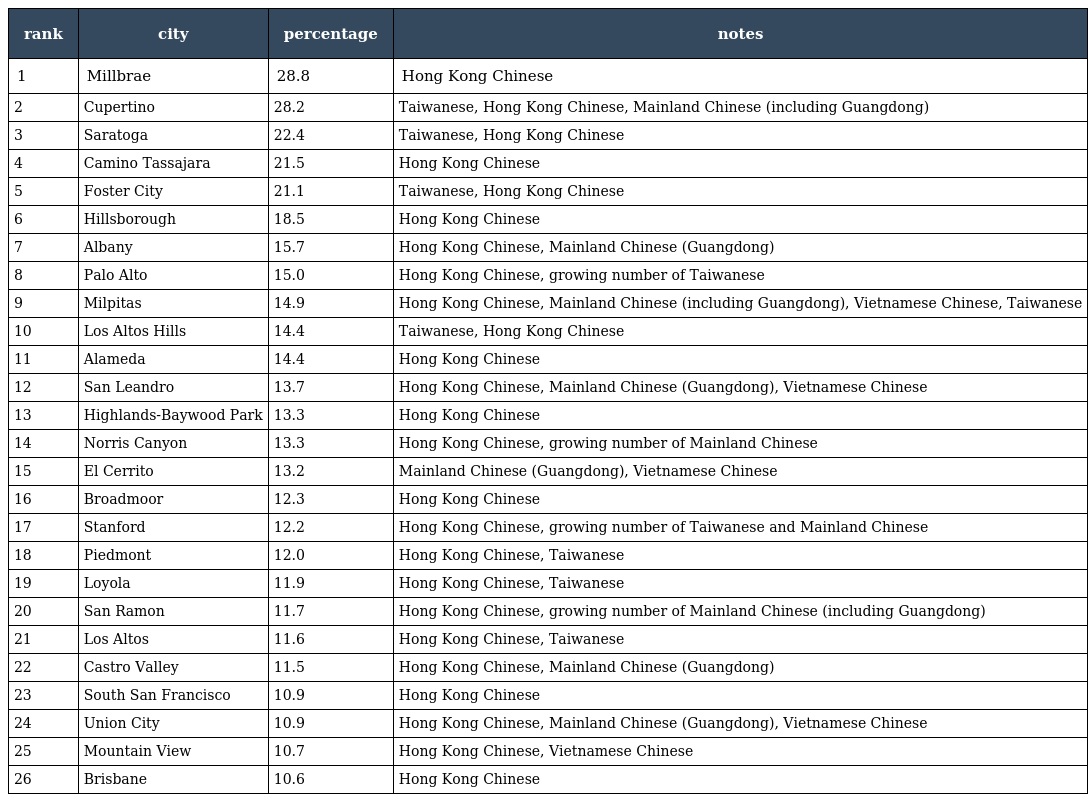
| rank | city | percentage | notes |
 | --- | --- | --- | --- |
 | 1 | Millbrae | 28.8 | Hong Kong Chinese |
 | 2 | Cupertino | 28.2 | Taiwanese, Hong Kong Chinese, Mainland Chinese (including Guangdong) |
 | 3 | Saratoga | 22.4 | Taiwanese, Hong Kong Chinese |
 | 4 | Camino Tassajara | 21.5 | Hong Kong Chinese |
 | 5 | Foster City | 21.1 | Taiwanese, Hong Kong Chinese |
 | 6 | Hillsborough | 18.5 | Hong Kong Chinese |
 | 7 | Albany | 15.7 | Hong Kong Chinese, Mainland Chinese (Guangdong) |
 | 8 | Palo Alto | 15.0 | Hong Kong Chinese, growing number of Taiwanese |
 | 9 | Milpitas | 14.9 | Hong Kong Chinese, Mainland Chinese (including Guangdong), Vietnamese Chinese, Taiwanese |
 | 10 | Los Altos Hills | 14.4 | Taiwanese, Hong Kong Chinese |
 | 11 | Alameda | 14.4 | Hong Kong Chinese |
 | 12 | San Leandro | 13.7 | Hong Kong Chinese, Mainland Chinese (Guangdong), Vietnamese Chinese |
 | 13 | Highlands-Baywood Park | 13.3 | Hong Kong Chinese |
 | 14 | Norris Canyon | 13.3 | Hong Kong Chinese, growing number of Mainland Chinese |
 | 15 | El Cerrito | 13.2 | Mainland Chinese (Guangdong), Vietnamese Chinese |
 | 16 | Broadmoor | 12.3 | Hong Kong Chinese |
 | 17 | Stanford | 12.2 | Hong Kong Chinese, growing number of Taiwanese and Mainland Chinese |
 | 18 | Piedmont | 12.0 | Hong Kong Chinese, Taiwanese |
 | 19 | Loyola | 11.9 | Hong Kong Chinese, Taiwanese |
 | 20 | San Ramon | 11.7 | Hong Kong Chinese, growing number of Mainland Chinese (including Guangdong) |
 | 21 | Los Altos | 11.6 | Hong Kong Chinese, Taiwanese |
 | 22 | Castro Valley | 11.5 | Hong Kong Chinese, Mainland Chinese (Guangdong) |
 | 23 | South San Francisco | 10.9 | Hong Kong Chinese |
 | 24 | Union City | 10.9 | Hong Kong Chinese, Mainland Chinese (Guangdong), Vietnamese Chinese |
 | 25 | Mountain View | 10.7 | Hong Kong Chinese, Vietnamese Chinese |
 | 26 | Brisbane | 10.6 | Hong Kong Chinese |